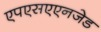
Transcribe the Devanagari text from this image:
एपएसएएनजेड